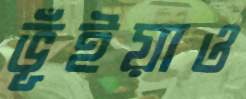
ভূঁইয়াও